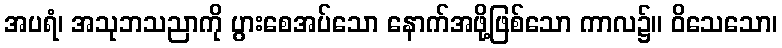
အပရံ၊ အသုဘသညာကို ပွားစေအပ်သော နောက်အဖို့ဖြစ်သော ကာလ၌။ ဝိသေသော၊